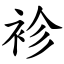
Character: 袗